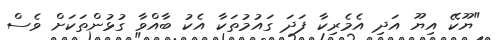
"ޔޫކޭ އިޔޫ އަދި އެމެރިކާ ފަދަ ގައުމުތަކާ އެކު ބާއްވާ ގުޅުންތަކަށް ވެސް